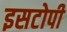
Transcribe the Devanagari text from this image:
इसटोपी